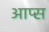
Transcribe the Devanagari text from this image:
आप्स